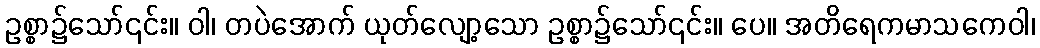
ဥစ္စာ၌သော်၎င်း။ ဝါ၊ တပဲအောက် ယုတ်လျော့သော ဥစ္စာ၌သော်၎င်း။ ပေ။ အတိရေကမာသကေဝါ၊